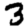
Digit: 3